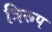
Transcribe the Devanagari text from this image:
त्रिरूप